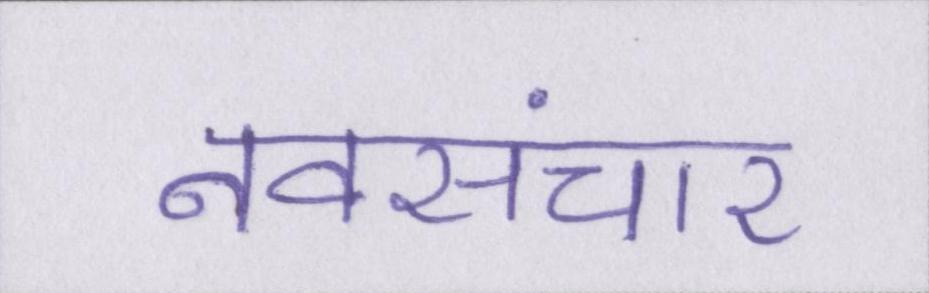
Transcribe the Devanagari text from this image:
नवसंचार